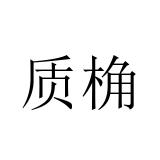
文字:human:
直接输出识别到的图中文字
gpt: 质桷